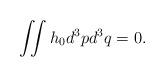
LaTeX: \begin{align*}\iint h_0 d^3pd^3q = 0.\end{align*}